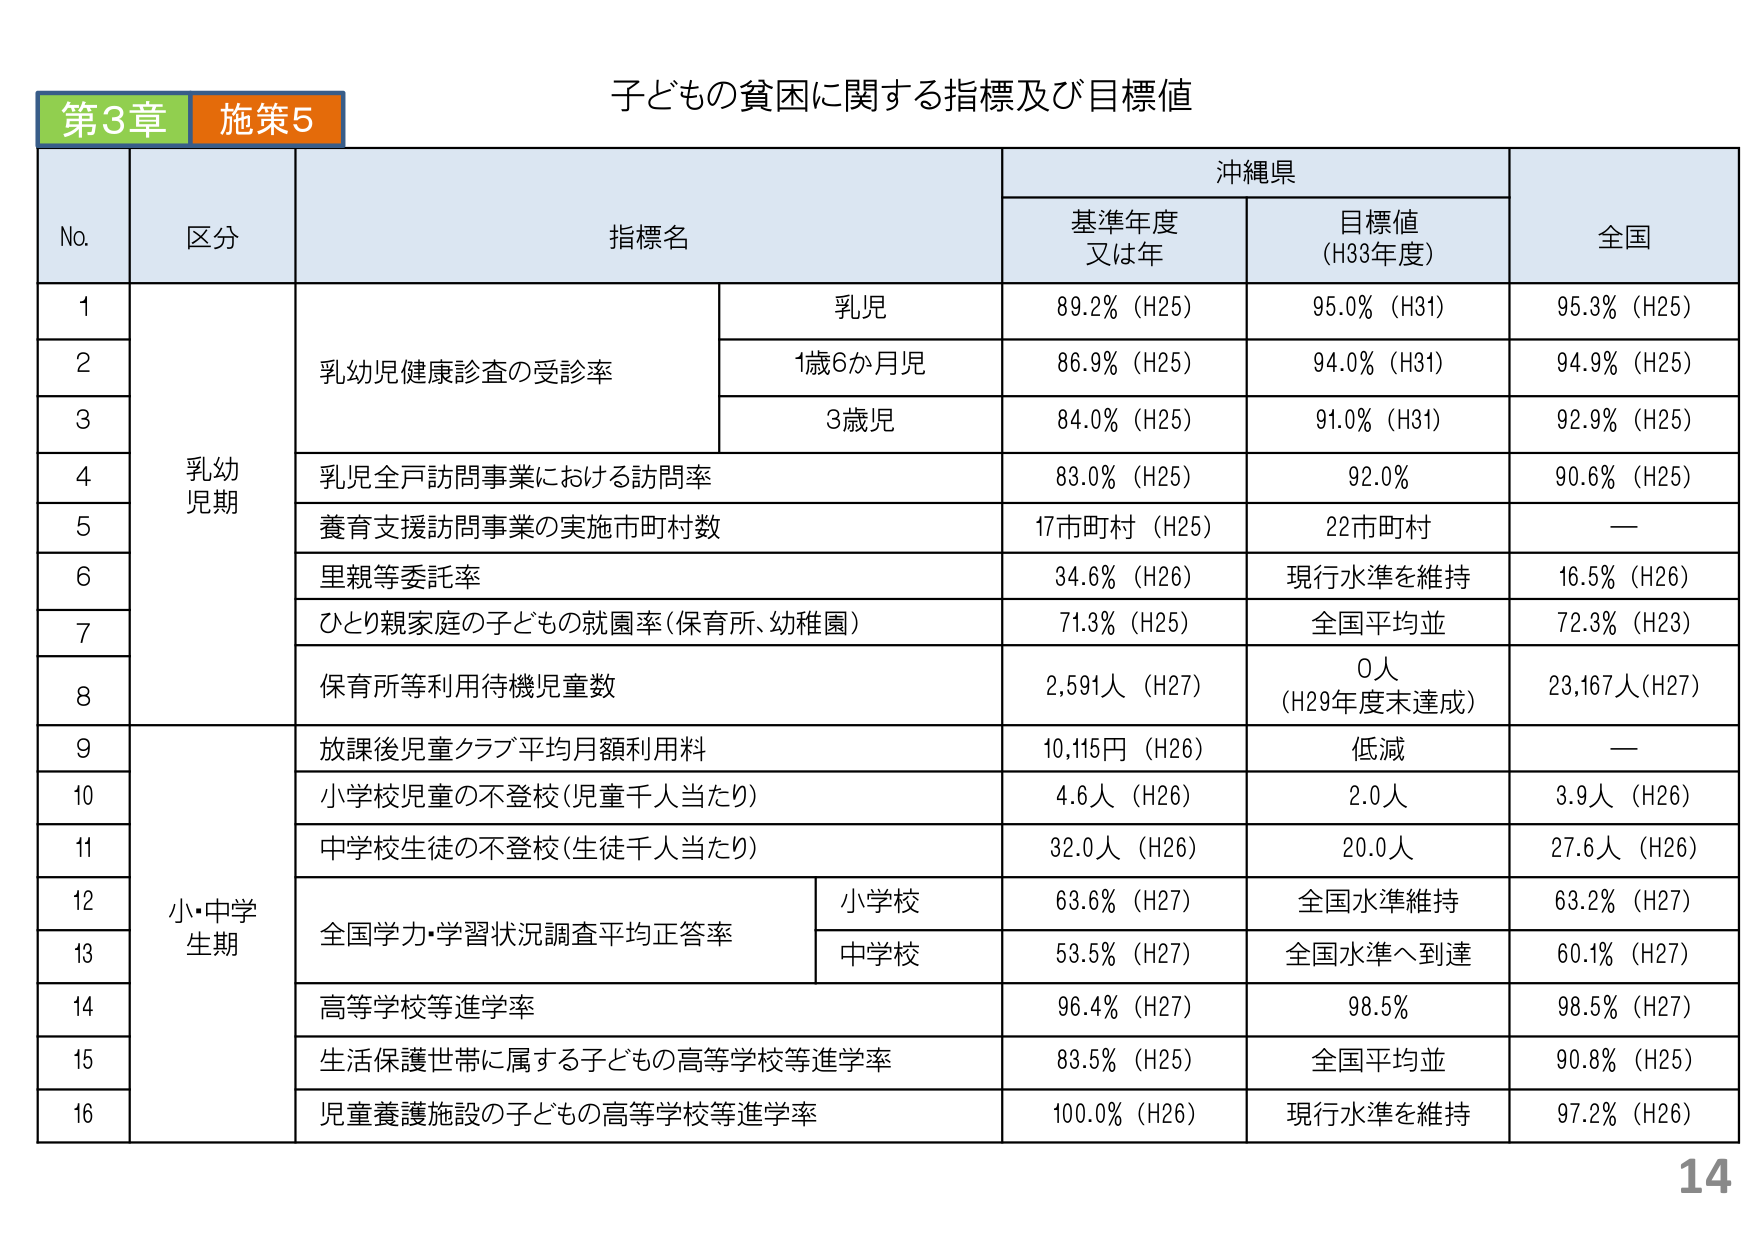
第3章 施策5
子どもの貧困に関する指標及び目標値
No. 区分 指標名 沖縄県 全国
基準年度 又は年 目標値 (H33年度)
1 乳幼児期 乳幼児健康診査の受診率 乳児 89.2% (H25) 95.0% (H31) 95.3% (H25)
2 1歳6か月児 86.9% (H25) 94.0% (H31) 94.9% (H25)
3 3歳児 84.0% (H25) 91.0% (H31) 92.9% (H25)
4 乳児全戸訪問事業における訪問率 83.0% (H25) 92.0% 90.6% (H25)
5 養育支援訪問事業の実施市町村数 17市町村 (H25) 22市町村 —
6 里親等委託率 34.6% (H26) 現行水準を維持 16.5% (H26)
7 ひとり親家庭の子どもの就園率(保育所、幼稚園) 71.3% (H25) 全国平均並 72.3% (H23)
8 保育所等利用待機児童数 2,591人 (H27) 0人 (H29年度末達成) 23,167人(H27)
9 小・中学 生期 放課後児童クラブ平均月額利用料 10,115円 (H26) 低減 —
10 小学校児童の不登校(児童千人当たり) 4.6人 (H26) 2.0人 3.9人 (H26)
11 中学校生徒の不登校(生徒千人当たり) 32.0人 (H26) 20.0人 27.6人 (H26)
12 全国学力・学習状況調査平均正答率 小学校 63.6% (H27) 全国水準維持 63.2% (H27)
13 中学校 53.5% (H27) 全国水準へ到達 60.1% (H27)
14 高等学校等進学率 96.4% (H27) 98.5% 98.5% (H27)
15 生活保護世帯に属する子どもの高等学校等進学率 83.5% (H25) 全国平均並 90.8% (H25)
16 児童養護施設の子どもの高等学校等進学率 100.0% (H26) 現行水準を維持 97.2% (H26)
14